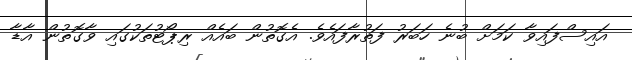
އައިސްފައިވާ ކަމަށް ބުނެ ހަބަރު ފަތުރާފައެވެ. އެގޮތުން ބައެއް ރިޕޯޓުތަކުގައި ވާގޮތުން އާޑާ